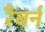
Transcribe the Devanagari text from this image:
रैबर्न